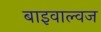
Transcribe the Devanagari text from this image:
बाइवाल्वज